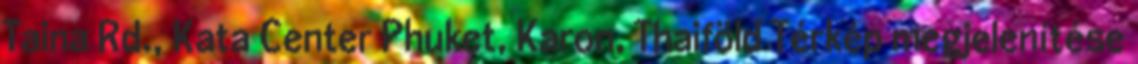
Taina Rd., Kata Center Phuket, Karon, Thaiföld Térkép megjelenítése